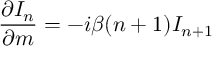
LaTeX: { \frac { \partial I _ { n } } { \partial m } } = - i \beta ( n + 1 ) I _ { n + 1 }